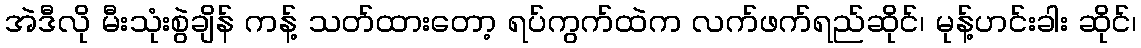
အဲဒီလို မီးသုံးစွဲချိန် ကန့် သတ်ထားတော့ ရပ်ကွက်ထဲက လက်ဖက်ရည်ဆိုင်၊ မုန့်ဟင်းခါး ဆိုင်၊